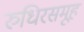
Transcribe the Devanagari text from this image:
रुधिरसमूह